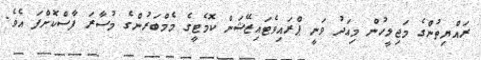
ރައްޔިތުންގެ މަޖިލީހުން މިއަދު ވަނީ ޕްރައިވެޓައިޒޭޝަން ކޮމެޓީގެ މެމްބަރުންގެ މުސާރަ ފާސްކޮށްފަ އެވެ.